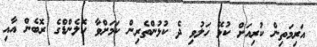
އަރިމަތިން ކުރިއަށް ކުޅޭ ހަލުވި ދެ ކުޅުންތެރިން ކަމަށްވާ ހޮލެންޑްގެ ރޮބެން އާއި